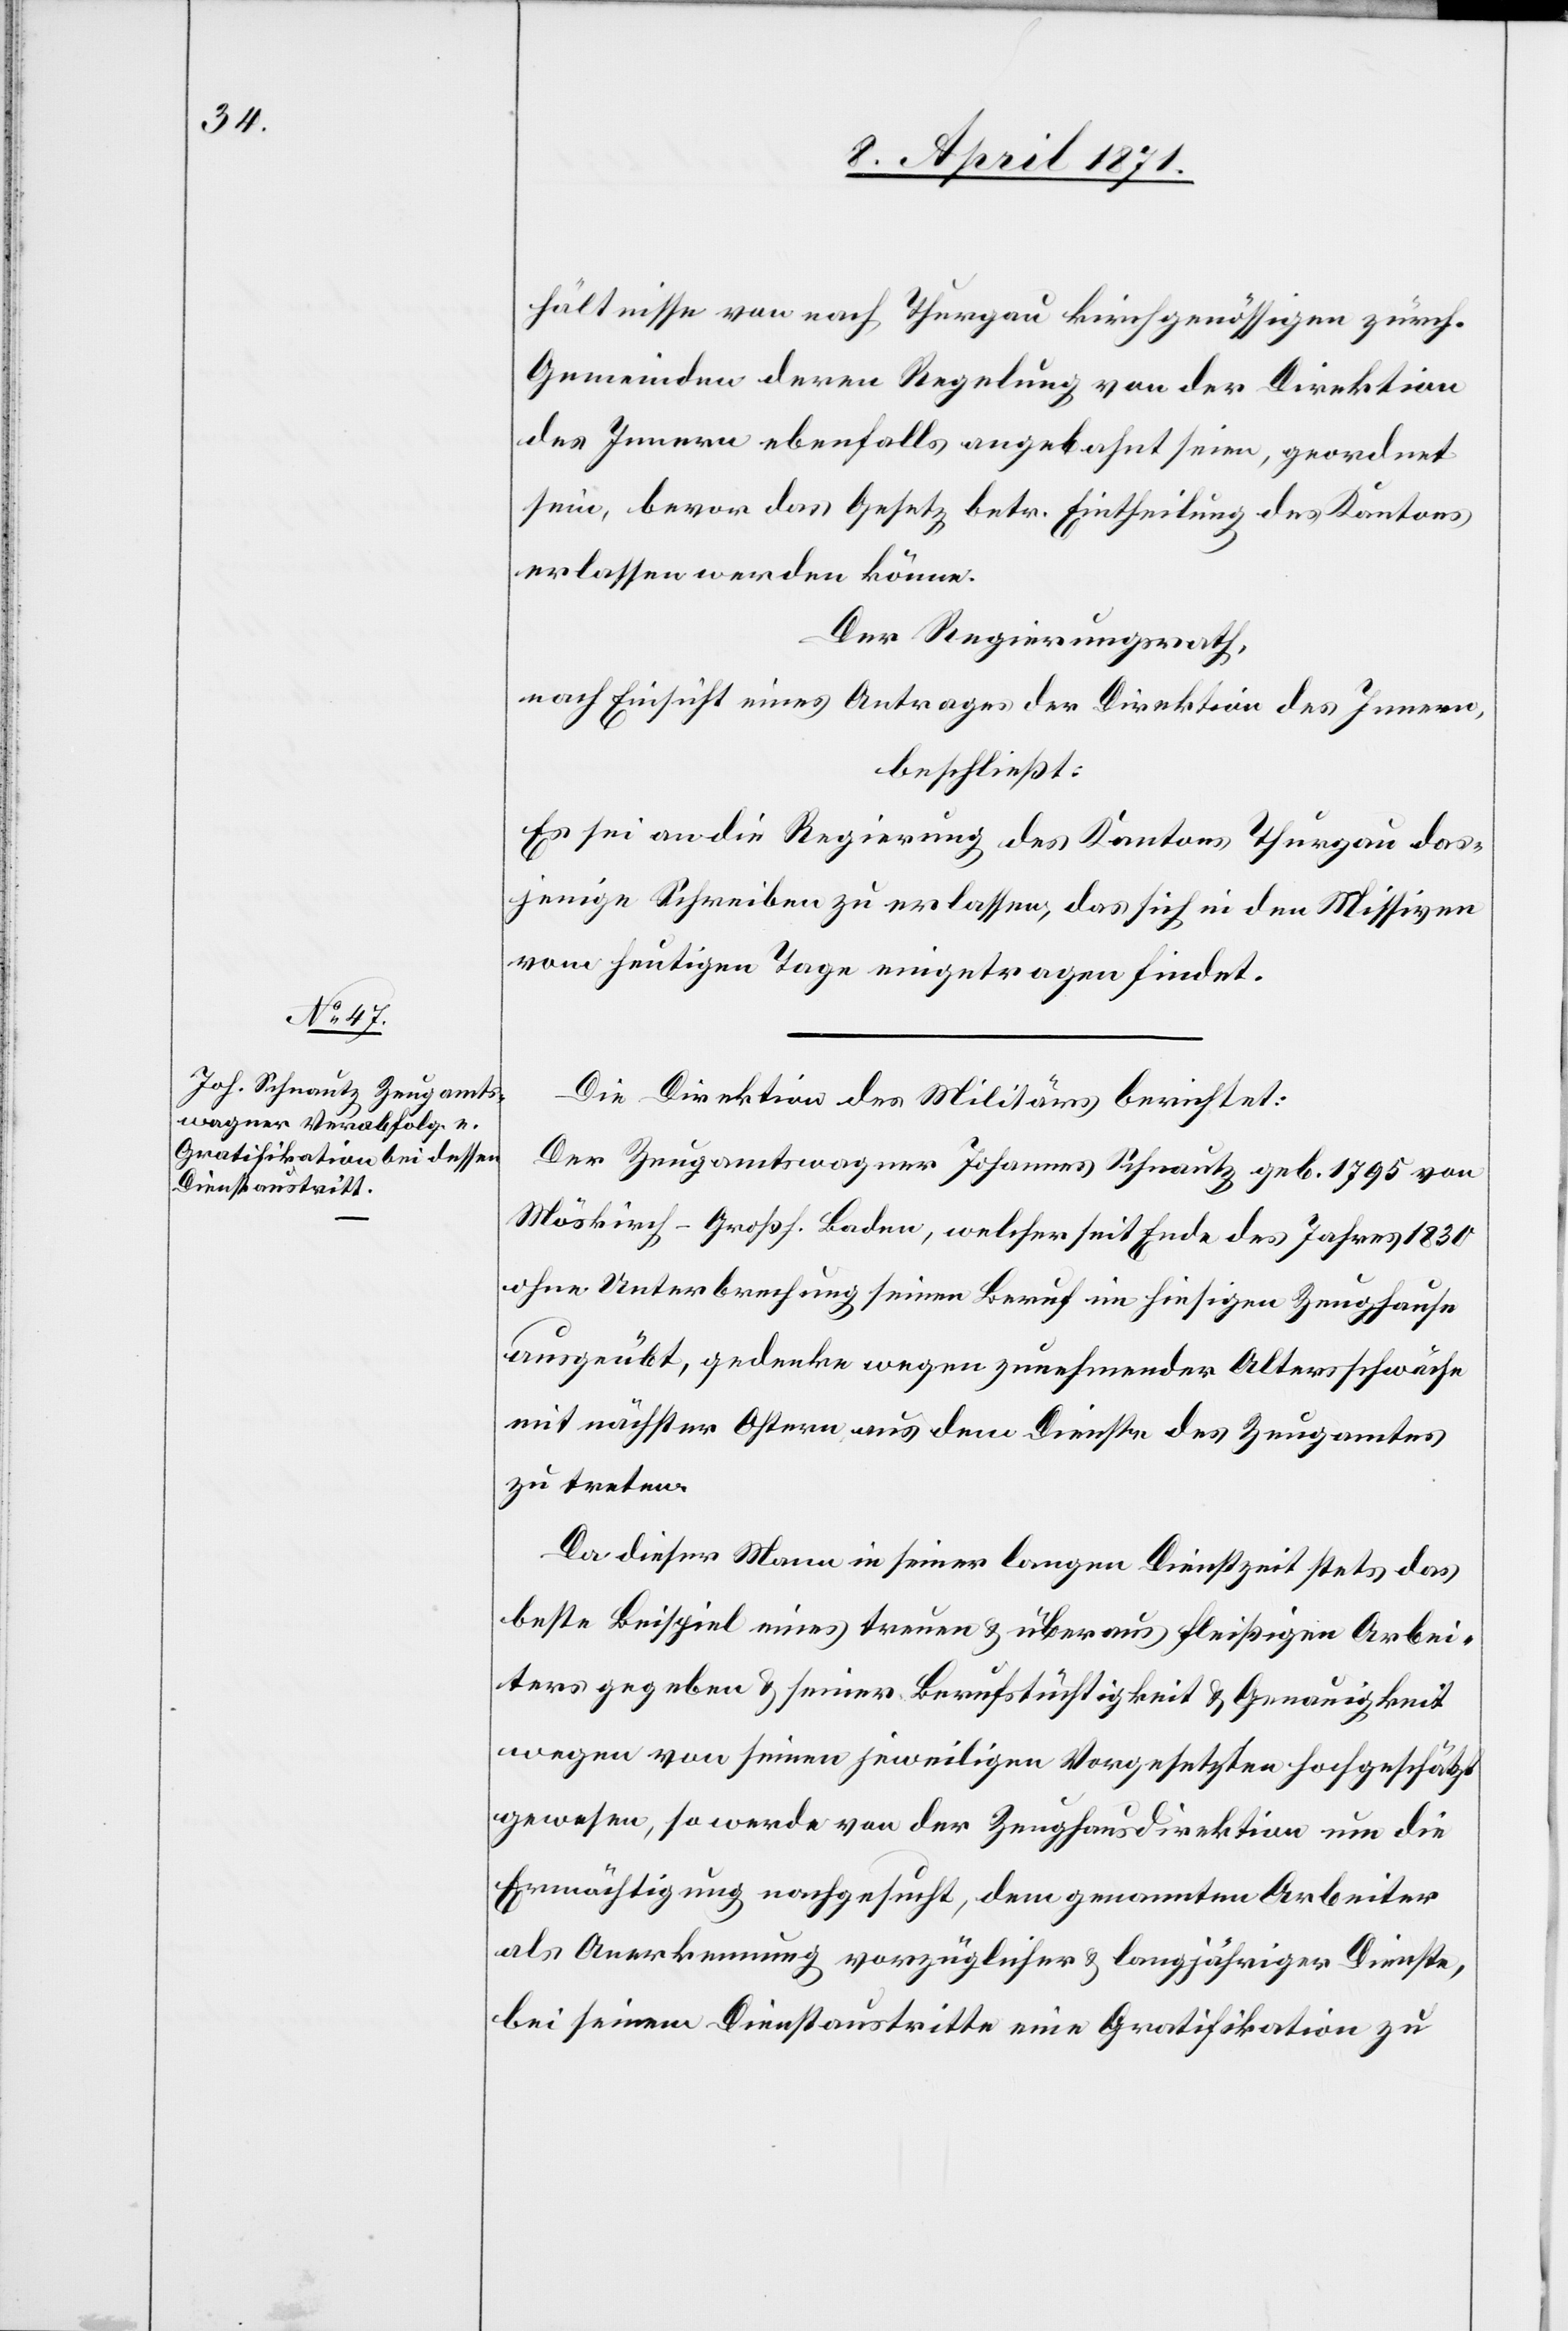
hältnisse von nach Thurgau kirchgenössigen zürch.
Gemeinden deren Regelung von der Direktion
des Innern ebenfalls angebahnt seien, geordnet
sein, bevor das Gesetze betr. Eintheilung des Kantons
erlassen werden könne.
Der Regierungsrath,
nach Einsicht eines Antrages der Direktion des Innern,
beschließt:
Es sei an die Regierung des Kantons Thurgau das¬
jenige Schreiben zu erlassen, das sich in den Missiven
vom heutigen Tage eingetragen findet.
Die Direktion des Militärs berichtet:
Der Zeugamtswagner Johannes Schnautz geb. 1795 von
Möskirch-Großh. Baden, welcher seit Ende des Jahres 1830
ohne Unterbrechung seinen Beruf im hiesigen Zeughause
ausgeübt, gedenke wegen zunehmender Altersschwäche
mit nächster Ostern aus dem Dienste des Zeugamtes
zu treten.
Da dieser Mann in seiner langen Dienstzeit stets das
beste Beispiel eines treuen u. überaus fleißigen Arbei¬
ters gegeben u. seiner Berufstüchtigkeit u. Genauigkeit
wegen von seinen jeweiligen Vorgesetzten hochgeschätzt
gewesen, so werde von der Zeughausdirektion nun die
Ermächtigung nachgesucht, dem genannten Arbeiter
als Anerkennung vorzüglicher u. langjähriger Dienste,
bei seinem Dienstaustritte eine Gratifikation zu